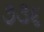
૭૩૬